Vital statistics of India. Vol. IV, Annual returns from 1871 to 1876. British Army of India, Native Army and jails of Bengal
Year: 1871
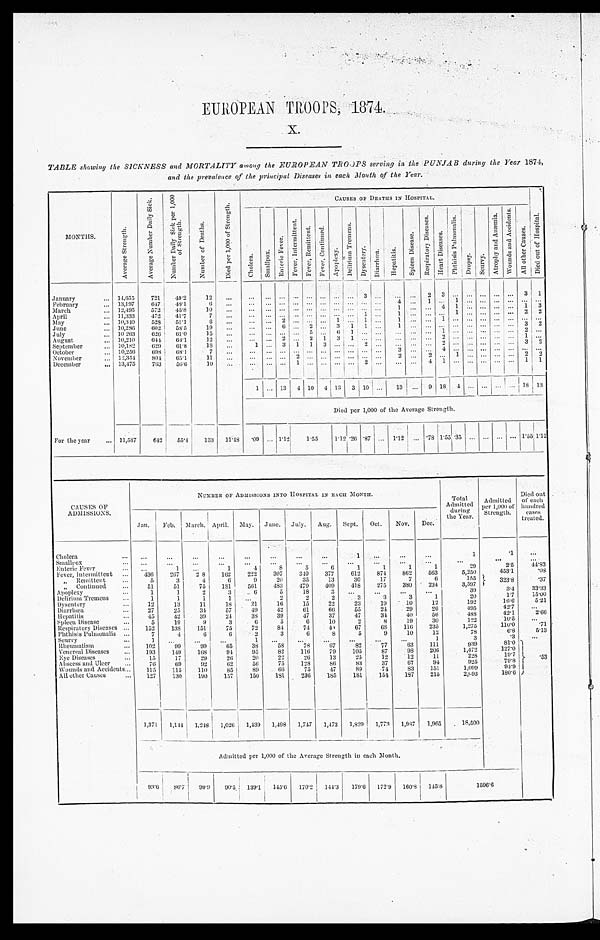
EUROPEAN TROOPS, 1874.
x.
TABLE showing the SICKNESS and MORTALITY among the EUROPEAN TROOPS serving in the PUNJAB during the Year 1874,
and the prevalence of the principal Diseases in each Month of the Year.
MONTHS.
A v e r a g e S t r e n g t h .
A v e r a g e N u m b e r D a i l y S i c k .
N u m b e r D a i l y S i c k p e r 1 , 0 0 0 o f S t r e n g t h .
N u m b e r o f D e a t h s .
D i e d p e r 1 , 0 0 0 o f S t r e n g t h .
CAUSES OF DEATHS IN HOSPITAL.
D i e d o u t o f H o s p i t a l .
C h o l e r a .
S m a l l p o x .
E n t e r i c F e v e r .
Fe ve r , I nt e r mi t t e nt .
F e v e r , R e m i t t e n t .
F e v e r , C o n t i n u e d .
A p o p l e x y .
D e l r i u m T r e m e n s .
Dy s e n t e r y .
D i a r r h œ a .
H e p a t i t i s .
S p l e e n D i s e a s e .
R e s p i r a t o r y D i s e a s e s .
H e a r t D i s e a s e s .
P h t h i s i s P u l m o n a l i s .
D r o p s y .
S c u r v y .
A t r o p h y a n d A n æ m i a .
W o u n d s a n d A c c i d e n t s .
A l l o t h e r C a u s e s .
January . . . 14,655
721
49.2
12
. . .
. . .
. . . . . . . . .
. . .
. . . . . . . . .
3
. . .
. . . . . . 2 3
. . .
. . . . . .
. . .
. . . 3
1
February . . . 13,197
647
48.1
6
. . .
. . .
. . .
. . . . . .
. . .
. . . . . . . . . . . .
. . .
4 . . . 1 . . .
1
. . . . . .
. . .
. . . . . .
. . .
M arch . . . 12,495
572
45.8
10
. . .
. . .
. . . . . . . . .
. . .
. . . . . . . . . . . .
. . .
1 . . . . . . 4 1
. . .
. . .
. . .
. . . 1 3
April . . . 11,333
472
41.7
7
. . .
. . .
. . .
. . . . . .
. . .
. . . . . . . . . 1
. . .
1 . . . . . . . . .
1
. . . . . .
. . .
. . . 2 2
M a y . . . 10,340
528
51.1
6
. . .
. . .
. . . 2 . . .
. . .
. . . 1 . . . 1
. . . 1 . . . . . . 1
. . .
. . . . . . . . .
. . . . . . . . .
June . . . 10,286
602
58.5
19
. . .
. . .
. . .
6 . . .
2
. . . 3 1 1
. . .
1 . . . . . . . . .
. . .
. . . . . .
. . .
. . .
3
2
July . . . 10,263
626
61.0
15
. . .
. . .
. . .
. . . . . .
5
. . . 6 1 . . .
. . .
. . .
. . . . . . 1
. . .
. . . . . .
. . .
. . .
2
. . .
August . . . 10,210
644
63.1
12
. . .
. . .
. . .
2 . . .
2
1 3 1 . . .
. . .
. . .
. . . . . . 2
. . .
. . . . . .
. . .
. . . 1
. . .
September . . . 10,182
6 2 9 61.8
18
. . .
1
. . .
3 1
1
3 . . . . . . 2
. . .
. . .
. . . . . . 2
. . .
. . . . . .
. . .
. . . 3 2
October . . . 10,256
698
68.1
7
. . .
. . .
. . .
. . . . . .
. . .
. . . . . . . . . . . .
. . .
3 . . . . . . 4
. . .
. . . . . .
. . .
. . . . . .
. . .
November . . . 12,354
804
65.1
11
. . .
. . .
. . . . . . 2
. . .
. . .
. . .. . . . . .
. . .
2 . . . 2 . . .
1
. . . . . .
. . .
. . . 2
2
December . . . 13,475
763
56.6
10
. . .
. . .
. . . . . . 1
. . .
. . .
. . .
. . . 2
. . .
. . .
. . . 4 1
. . .
. . . . . .
. . . . . . 1
1
1
. . . 13 4 10 4 13 3 10
. . . 13 . . . 9 18 4
. . .
. . .
. . . . . . 18
1 3
Died per 1,000 of the Average Strength.
For the year . . . 11,587
642
55.4
133
11.48
. 0 9
. . . 1.12
1.55
1.12 .26 .87
. . . 1.12 . . . .78 1.55
. 3 5
. . .
. . .
. . .
. . . 1.55
1. 12
CAUSES OF
ADMISSIONS.
NUMBER OF ADMISSIONS INTO HOSPITAL IN EACH MONTH.
Total
Admitted duri ng
the Year.
Admitted
per 1,000 of
Strength.
Died out
of each
hundred
cases
treated.
Jan.
Feb.
M a r c h . April. May. June. July.
Aug.
Sept.
Oct.
Nov.
Dec.
Cholera . . .
. . .
. . .
. . .
. . .
. . .
. . .
. . .
. . .
1
. . .
. . .
. . .
1
.1
. . .
S m a l l p o x . . .
. . .
. . .
. . .
. . .
. . .
. . .
. . .
. . .
. . .
. . .
. . .
. . .
. . .
. . .
. . .
Enteric Fever . . .
. . .
1
. . .
1
4
8
5
6
1
1
1
1
2 9
2.5
44.83
Fever, Intermittent . . .
436
267
28
162
222
307
340
377
612
874
862
563
5,250
453.1
. 0 8
" Remittent . . .
5
3
4
6
9
20
35
13
30
17
7
6
155
.37
" Continued . . .
51
51
75
181
561
483
479
409
418
275
380
234
3,597
323.8
Apoplexy . . .
1
1
2
3
6
5
18
3
. . .
. . .
. . .
. . .
39
3.4
33.33
Delirium Tremens . . .
1
1
1
1
. . .
2
2
2
3
3
3
1
20
1.7
15.00
Dysentery . . .
12
13
11
18
21
16
15
22
23
19
10
12
192
16.6
5.21
Diarrhœa . . .
27
25
34
57
49
42
61
66
55
24
29
26
495
42.7
. . .
Hepatitis . . .
45
42
39
24
38
39
47
37
47
34
40
56
488
42.1
2.66
Spleen Disease . . .
5
19
9
3
6
5
6
10
2
8
19
30
122
10.5
. . .
Respiratory Diseases . . .
152
138
151
75
72
84
74
43
67
6 8
116
235
1,275
110.0
.71
Phthisis Pulmonalis . . .
7
4
6
6
2
3
6
8
5
9
10
12
78
6.8
5.13
Scurvy . . .
1
. . .
. . .
. . .
1
. . .
. . .
. . .
. . .
. . .
. . .
1
3
.3
. . .
R h e u m a t i s m . . .
102
99
99
65
38
58
78
67
82
77
63
111
939
81.0
.53
Venereal Diseases . . .
193
149
168
94
95
82
116
79
105
87
9 8
206
1.472
127.0
Eye Diseases . . .
15
17
29
26
20
22
26
13
25
12
12
11
228
19.7
Abscess and Ulcer . . .
76
69
92
62
56
75
128
86
83
37
67
94
925
79.8
Wounds and Accidents . . .
115
115
110
85
89
66
75
47
89
74
83
151
1,099
94.9
All other Causes . . .
127
130
190
157
150
181
236
185
181
154
187
215
2,093
180.6
1,371
1,144
1,2
4 8
1,026
1,439
1,498 1,747
1,473
1,829
1,773 1,987
1,965
18,500
Admitted per 1,000 of the Average Strength in each Month.
93.6
86.7
99.9
90.5 1 3 9 . 1
1 4 5 . 6
170.2
144.3
179.6
172.9
160.8
145.8
1596.6